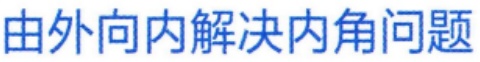
由外向内解决内角问题